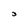
Character: 3